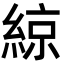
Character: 綡